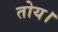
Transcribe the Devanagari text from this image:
तोय।